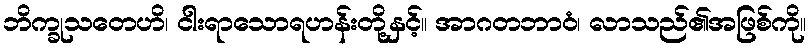
ဘိက္ခုသတေဟိ၊ ငါးရာသောရဟန်းတို့နှင့်။ အာဂတဘာဝံ၊ လာသည်၏အဖြစ်ကို။